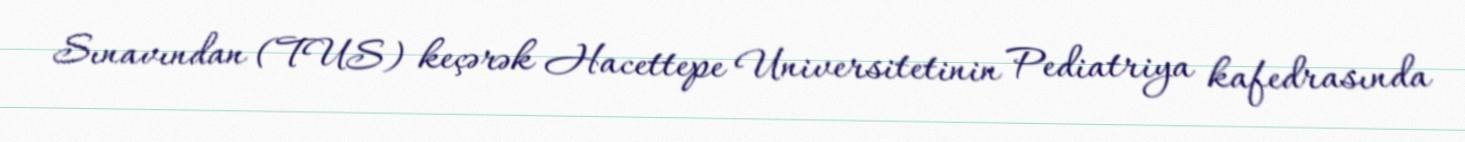
Sınavından (TUS) keçərək Hacettepe Universitetinin Pediatriya kafedrasında